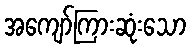
အကျော်ကြားဆုံးသော